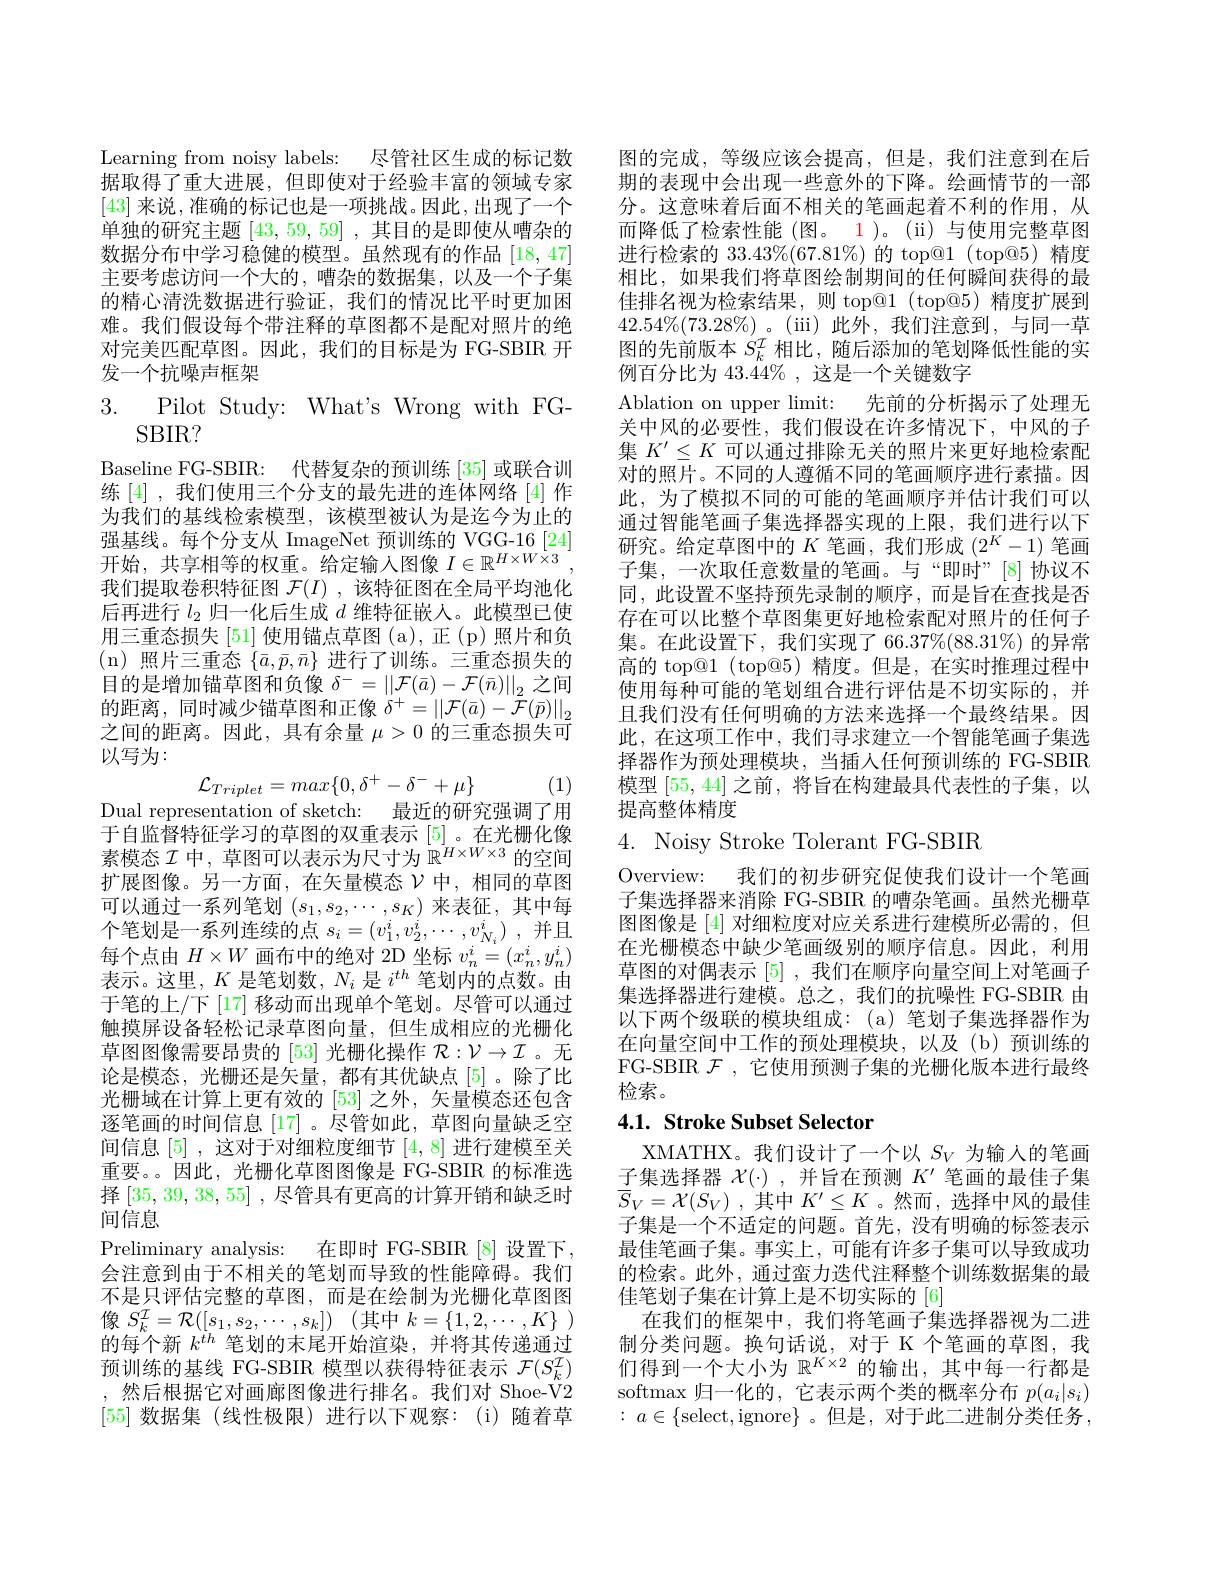
Learning from noisy labels: 尽管社区生成的标记数据取得了重大进展，但即使对于经验丰富的领域专家[43]来说，准确的标记也是一项挑战。因此，出现了一个单独的研究主题[43,59,59] ,其目的是即使从嘈杂的数据分布中学习稳健的模型。虽然现有的作品 [18,47] 主要考虑访问一个大的，嘈杂的数据集，以及一个子集的精心清洗数据进行验证，我们的情况比平时更加困难。我们假设每个带注释的草图都不是配对照片的绝对完美匹配草图。因此，我们的目标是为 FG-SBIR 开发一个抗噪声框架

$\begin{array}{lll}{3.}&{{\mathrm{Pilot~Study:~What's~Wrong~with~FG-}}}\\{{\mathrm{SBIR?}}}\end{array}$ Baseline FG-SBIR: 代替复杂的预训练[35]或联合训练[4] ,我们使用三个分支的最先进的连体网络[4]作为我们的基线检索模型，该模型被认为是迄今为止的强基线。每个分支从 ImageNet 预训练的 VGG-16[24] 开始，共享相等的权重。给定输入图像$I\in\mathbb{R}^{H\times W\times3}$, 我们提取卷积特征图$\mathcal{F}(I)$ ,该特征图在全局平均池化后再进行$l_{2}$归一化后生成$d$维特征嵌入。此模型已使用三重态损失[51] 使用锚点草图(a),正(p)照片和负(n)照片三重态$\{\bar{a},\bar{p},\bar{n}\}$ 进行了训练。三重态损失的目的是增加锚草图和负像$\delta^-=\left|\left|\mathcal{F}(\bar{a})-\mathcal{F}(\bar{n})\right|\right|_2$之间的距离，同时减少锚草图和正像$\delta^+=||\mathcal{F}(\bar{a})-\mathcal{F}(\bar{p})||_2$ 之间的距离。因此，具有余量$\mu>0$的三重态损失可以写为：
(1)
$$\mathcal{L}_{Triplet}=max\{0,\delta^+-\delta^-+\mu\}$$
Dual representation of sketch: 最近的研究强调了用于自监督特征学习的草图的双重表示[5] 。在光栅化像素模态$\mathcal{I}$中，草图可以表示为尺寸为$\mathbb{R}^H\times W\times3$的空间扩展图像。另一方面，在矢量模态$\mathcal{V}$中，相同的草图

可以通过一系列笔划$(s_1,s_2,\cdots,s_K)$来表征，其中每个笔划是一系列连续的点$s_i=(v_1^i,v_2^i,\cdots,v_{N_i}^i)$,并且每个点由$H\times W$画布中的绝对 2D 坐标$v_n^i=(x_n^i,y_n^i)$ 表示。这里，$K$是笔划数，$N_i$是$i^th$笔划内的点数。由于笔的上/下 [17] 移动而出现单个笔划。尽管可以通过触摸屏设备轻松记录草图向量，但生成相应的光栅化草图图像需要昂贵的 [53] 光栅化操作$\mathcal{R}:\mathcal{V}\to\mathcal{I}$。无论是模态，光栅还是矢量，都有其优缺点[5]。除了比光栅域在计算上更有效的 [53] 之外，矢量模态还包含逐笔画的时间信息 [17] 。尽管如此，草图向量缺乏空间信息[5] ,这对于对细粒度细节[4,8]进行建模至关重要。因此，光栅化草图图像是 FG-SBIR 的标准选择[35,39,38,55] ,尽管具有更高的计算开销和缺乏时间信息
Preliminary analysis: 在即时 FG-SBIR [8] 设置下， 会注意到由于不相关的笔划而导致的性能障碍。我们不是只评估完整的草图，而是在绘制为光栅化草图图像$S_k^{\mathcal{I} }= \mathcal{R} ( [ s_1, s_2, \cdots , s_k] )$ (其中$k= \{ 1, 2, \cdots , K\}$ ) 的每个新$k^{th}$笔划的末尾开始渲染，并将其传递通过预训练的基线 FG-SBIR 模型以获得特征表示$\mathcal{F}(S_k^{\mathcal{I}})$ ,然后根据它对画廊图像进行排名。我们对 Shoe-V2 [55]数据集 (线性极限)进行以下观察：(i)随着草

图的完成，等级应该会提高，但是，我们注意到在后期的表现中会出现一些意外的下降。绘画情节的一部分。这意味着后面不相关的笔画起着不利的作用，从而降低了检索性能(图。1)。(ii)与使用完整草图进行检索的$33.43\%(67.81\%)$的 top@1 (top@5)精度相比，如果我们将草图绘制期间的任何瞬间获得的最佳排名视为检索结果，则 top@1 (top@5)精度扩展到$42.54\%(73.28\%)$。(iii)此外，我们注意到，与同一草图的先前版本$S_k^{\mathcal{I}}$相比，随后添加的笔划降低性能的实例百分比为 43.44%, 这是一个关键数字
Ablation on upper limit: 先前的分析揭示了处理无关中风的必要性，我们假设在许多情况下，中风的子集$K^{\prime}\leq K$可以通过排除无关的照片来更好地检索配对的照片。不同的人遵循不同的笔画顺序进行素描。因此，为了模拟不同的可能的笔画顺序并估计我们可以通过智能笔画子集选择器实现的上限，我们进行以下研究。给定草图中的$K$笔画，我们形成$(2^K-1)$笔画子集，一次取任意数量的笔画。与“即时”[8]协议不同，此设置不坚持预先录制的顺序，而是旨在查找是否存在可以比整个草图集更好地检索配对照片的任何子集。在此设置下，我们实现了 66.37%(88.31%) 的异常高的 top@1 (top@5) 精度。但是，在实时推理过程中使用每种可能的笔划组合进行评估是不切实际的，并且我们没有任何明确的方法来选择一个最终结果。因此，在这项工作中，我们寻求建立一个智能笔画子集选择器作为预处理模块，当插人任何预训练的 FG-SBIR 模型[55,44]之前，将旨在构建最具代表性的子集，以提高整体精度
4. Noisy Stroke Tolerant FG-SBIR
Overview:
我们的初步研究促使我们设计一个笔画
子集选择器来消除 FG-SBIR 的嘈杂笔画。虽然光栅草图图像是[4]对细粒度对应关系进行建模所必需的，但在光栅模态中缺少笔画级别的顺序信息。因此，利用草图的对偶表示[5] ,我们在顺序向量空间上对笔画子集选择器进行建模。总之，我们的抗噪性 FG-SBIR 由以下两个级联的模块组成：(a)笔划子集选择器作为在向量空间中工作的预处理模块，以及(b)预训练的FG-SBIR $\mathcal{F}$,它使用预测子集的光栅化版本进行最终检索。

# 4.1. Stroke Subset Selector

XMATHX。我们设计了一个以$S_V$为输入的笔画子集选择器$\mathcal{X}(\cdot)$ ,并旨在预测$K^\prime$笔画的最佳子集$\overline {S}_V= \mathcal{X} ( S_V)$ ,其中$K^\prime\leq K$ 。然而，选择中风的最佳子集是一个不适定的问题。首先，没有明确的标签表示最佳笔画子集。事实上，可能有许多子集可以导致成功的检索。此外，通过蛮力迭代注释整个训练数据集的最佳笔划子集在计算上是不切实际的[6]
在我们的框架中，我们将笔画子集选择器视为二进制分类问题。换句话说，对于 K 个笔画的草图，我们得到一个大小为$\mathbb{R}^{K\times2}$的输出，其中每一行都是softmax 归一化的，它表示两个类的概率分布$p(a_i|s_i)$ : $a\in \{$select,ignore$\}$。但是，对于此二进制分类任务，